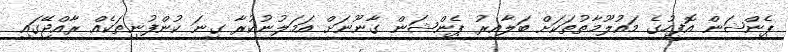
ޕެންޝަން އޮފީހުގެ މައުލޫމާތުތަކަށް ބަލާއިރު ޕެންޝަން ގާނޫނަށް އަމަލުނުކުރާ ގިނަ ކުންފުނިތަކެއް ރާއްޖޭގައި